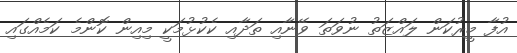
އުފާ މީރުކަން ލައްޒަތު ނުވަތަ ވޭނާއި ތަދާއި ކެކުޅުމަކީ މިއިން ކޮންމެ ކަމެއްގައި